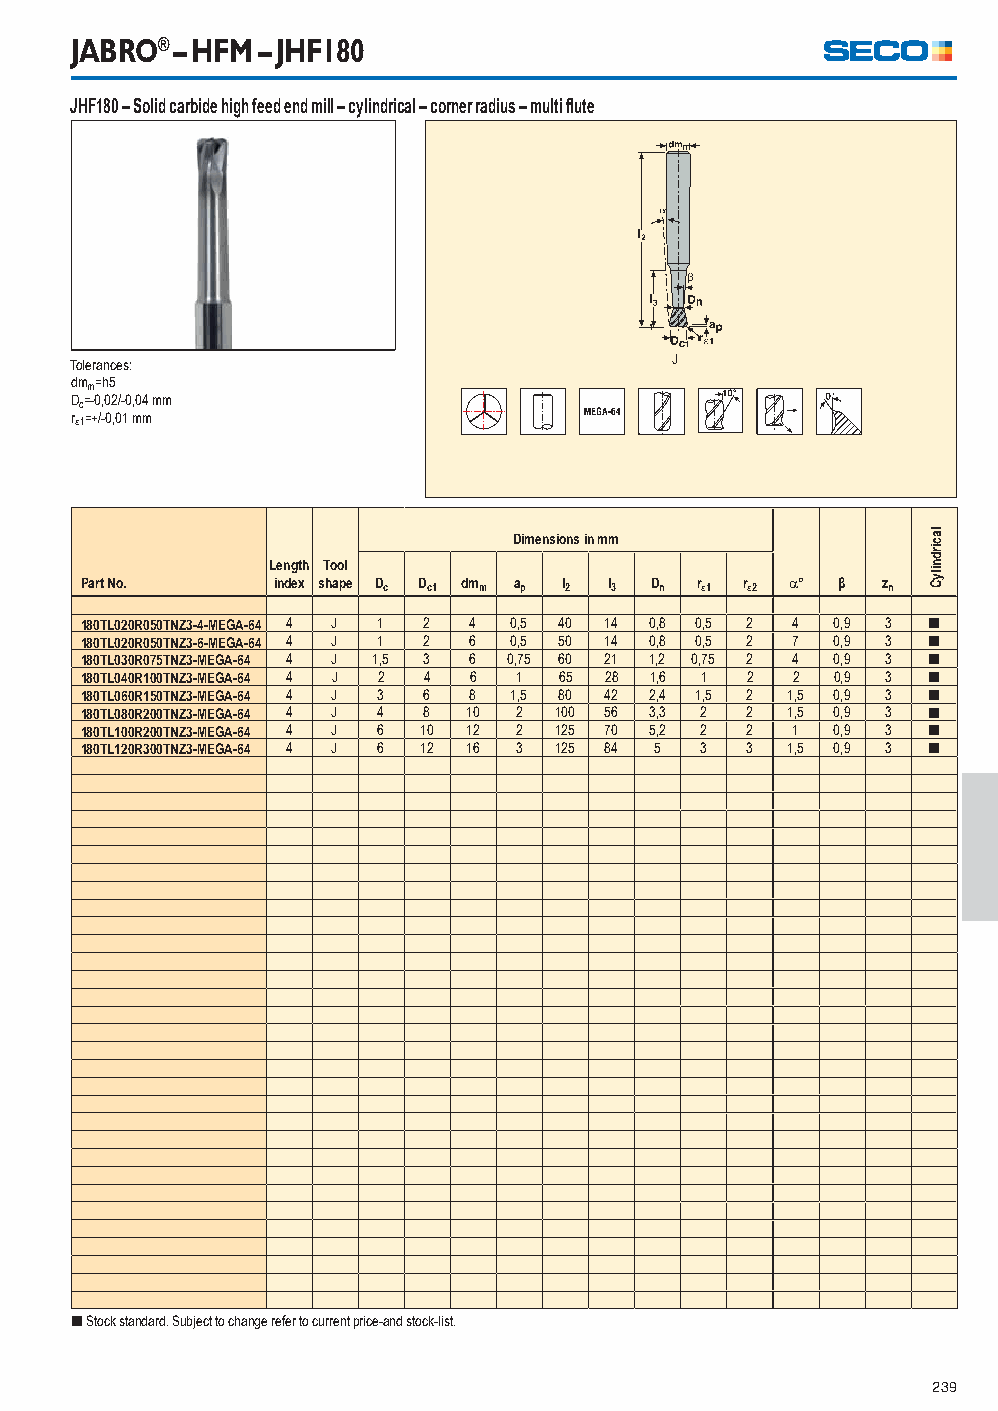
JABRO® – HFM – JHF180
 JHF180 – Solid carbide high feed end mill – cylindrical – corner radius – multi fl ute
 Tolerances:                            J
 dmm=h5
 Dc=-0,02/-0,04 mm
 r1=+/-0,01 mm
 Dimensions in mm
 Length Tool
 Part No.     index shape Dc Dc1 dmm ap l2 l3 Dn r1 r2 ° β zn
 180TL020R050TNZ3-4-MEGA-64 4 J 1 2 4 0,5 40 14 0,8 0,5 2 4 0,9 3 [
 180TL020R050TNZ3-6-MEGA-64 4 J 1 2 6 0,5 50 14 0,8 0,5 2 7 0,9 3 [
 180TL030R075TNZ3-MEGA-64 4 J 1,5 3 6 0,75 60 21 1,2 0,75 2 4 0,9 3 [
 180TL040R100TNZ3-MEGA-64 4 J 2 4 6 1 65 28 1,6 1 2 2 0,9 3 [
 180TL060R150TNZ3-MEGA-64 4 J 3 6 8 1,5 80 42 2,4 1,5 2 1,5 0,9 3 [
 180TL080R200TNZ3-MEGA-64 4 J 4 8 10 2 100 56 3,3 2 2 1,5 0,9 3 [
 180TL100R200TNZ3-MEGA-64 4 J 6 10 12 2 125 70 5,2 2 2 1 0,9 3 [
 180TL120R300TNZ3-MEGA-64 4 J 6 12 16 3 125 84 5 3 3 1,5 0,9 3 [
 [ Stock standard. Subject to change refer to current price-and stock-list.
 239
 lacirdnilyC